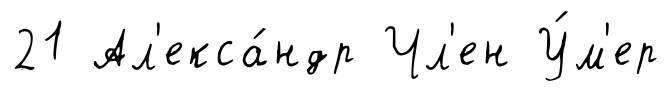
21 Ал'екса́ндр Чл'ен У́м'ер